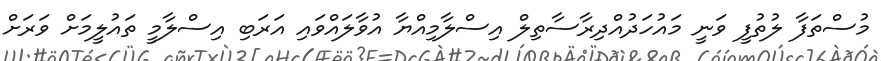
މުސްތަފާ ލުތުފީ ވަނީ މައުހަދުއްދިރާސާތިލް އިސްލާމިއްޔާ އުވާލައްވައި އަރަބި އިސްލާމީ ތައުލީމަށް ވަރަށް